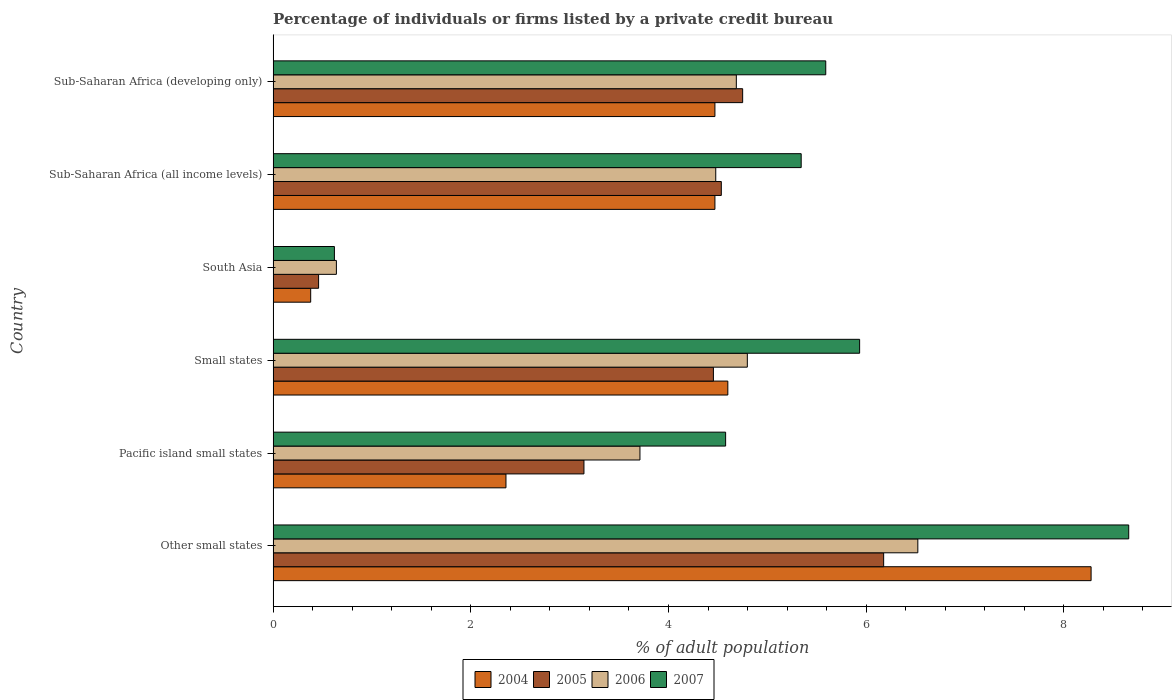
| Country | 2004 | 2005 | 2006 | 2007 |
 | --- | --- | --- | --- | --- |
 | Other small states | 8.28 | 6.18 | 6.52 | 8.66 |
 | Pacific island small states | 2.36 | 3.14 | 3.71 | 4.58 |
 | Small states | 4.6 | 4.45 | 4.8 | 5.93 |
 | South Asia | 0.38 | 0.46 | 0.64 | 0.62 |
 | Sub-Saharan Africa (all income levels) | 4.47 | 4.53 | 4.48 | 5.34 |
 | Sub-Saharan Africa (developing only) | 4.47 | 4.75 | 4.69 | 5.59 |